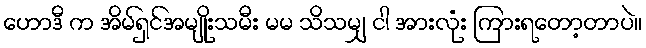
ဟောဒီ က အိမ်ရှင်အမျိုးသမီး မမ သိသမျှ ငါ အားလုံး ကြားရတော့တာပဲ။